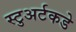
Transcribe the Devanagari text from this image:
स्टुअर्टकडे